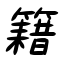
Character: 籍